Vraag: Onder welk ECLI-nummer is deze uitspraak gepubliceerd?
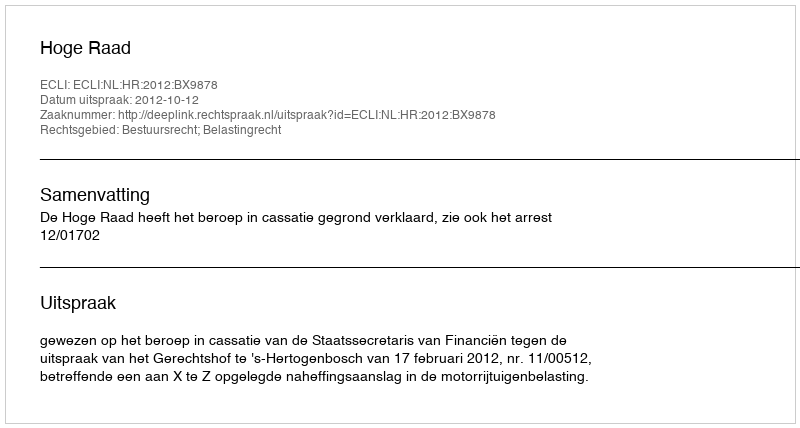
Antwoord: ECLI:NL:HR:2012:BX9878